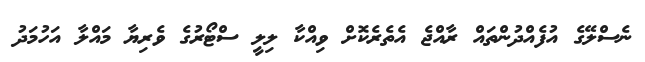
ނެސްލޭގެ އުފެއްދުންތައް ރާއްޖެ އެތެރެކޮށް ވިއްކާ ލިލީ ސްޓޯރުގެ ވެރިޔާ މައްލާ އަހުމަދު